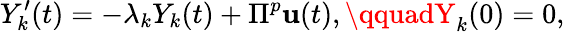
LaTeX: Y_{k}^{\prime}(t)=-\lambda_{k}Y_{k}(t)+\Pi^{p}\mathbf{u}(t),\qquadY_{k}(0)=0,